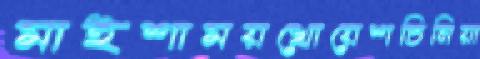
মাইশাময়খোয়েশচিনিয়া